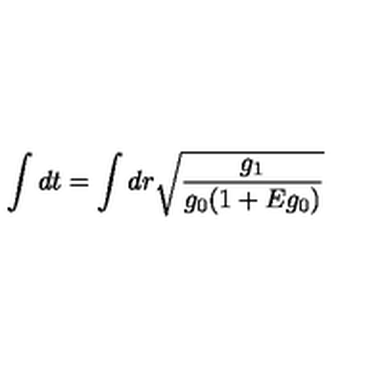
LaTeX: \int d t = \int d r \sqrt { \frac { g _ { 1 } } { g _ { 0 } ( 1 + E g _ { 0 } ) } }